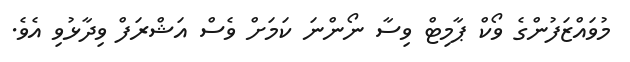
މުވައްޒަފުންގެ ވޯކް ޕާމިޓް ވިސާ ނޯންނަ ކަމަށް ވެސް އަޝްރަފް ވިދާޅުވި އެވެ.